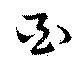
酉